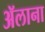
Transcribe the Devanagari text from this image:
ॲलाना